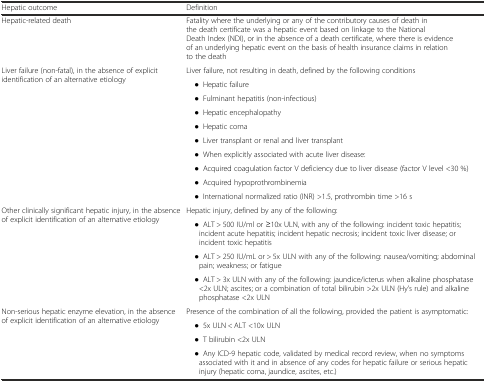
<table><thead><tr><td><b>Hepatic outcome</b></td><td><b>Definition</b></td></tr></thead><tbody><tr><td>Hepatic-related death</td><td>Fatality where the underlying or any of the contributory causes of death in the death certificate was a hepatic event based on linkage to the National Death Index (NDI), or in the absence of a death certificate, where there is evidence of an underlying hepatic event on the basis of health insurance claims in relation to the death</td></tr><tr><td rowspan="10">Liver failure (non-fatal), in the absence of explicit identification of an alternative etiology</td><td>Liver failure, not resulting in death, defined by the following conditions</td></tr><tr><td> ● Hepatic failure</td></tr><tr><td> ● Fulminant hepatitis (non-infectious)</td></tr><tr><td> ● Hepatic encephalopathy</td></tr><tr><td> ● Hepatic coma</td></tr><tr><td> ● Liver transplant or renal and liver transplant</td></tr><tr><td> ● When explicitly associated with acute liver disease:</td></tr><tr><td> ● Acquired coagulation factor V deficiency due to liver disease (factor V level &lt;30 %)</td></tr><tr><td> ● Acquired hypoprothrombinemia</td></tr><tr><td> ● International normalized ratio (INR) &gt;1.5, prothrombin time &gt;16 s</td></tr><tr><td rowspan="4">Other clinically significant hepatic injury, in the absence of explicit identification of an alternative etiology</td><td>Hepatic injury, defined by any of the following:</td></tr><tr><td> ● ALT &gt; 500 IU/ml or ≥10x ULN, with any of the following: incident toxic hepatitis; incident acute hepatitis; incident hepatic necrosis; incident toxic liver disease; or incident toxic hepatitis</td></tr><tr><td> ● ALT &gt; 250 IU/mL or &gt; 5x ULN with any of the following: nausea/vomiting; abdominal pain; weakness; or fatigue</td></tr><tr><td> ● ALT &gt; 3x ULN with any of the following: jaundice/icterus when alkaline phosphatase &lt;2x ULN; ascites; or a combination of total bilirubin &gt;2x ULN (Hy’s rule) and alkaline phosphatase &lt;2x ULN</td></tr><tr><td rowspan="4">Non-serious hepatic enzyme elevation, in the absence of explicit identification of an alternative etiology</td><td>Presence of the combination of all the following, provided the patient is asymptomatic:</td></tr><tr><td> ● 5x ULN &lt; ALT &lt;10x ULN</td></tr><tr><td> ● T bilirubin &lt;2x ULN</td></tr><tr><td> ● Any ICD-9 hepatic code, validated by medical record review, when no symptoms associated with it and in absence of any codes for hepatic failure or serious hepatic injury (hepatic coma, jaundice, ascites, etc.)</td></tr></tbody></table>